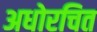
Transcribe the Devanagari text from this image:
अधोरचित